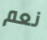
نعم